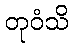
တုဝံသိ